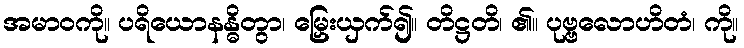
အမာဝကို။ ပရိယောနန္ဓိတွာ၊ မြှေးယှက်၍။ တိဋ္ဌတိ၊ ၏။ ပုဗ္ဗလောဟိတံ၊ ကို။